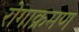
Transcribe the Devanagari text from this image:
रोगाक्रमण